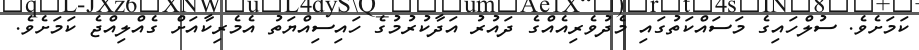
ކަމަށެވެ. ސުލްހައިގެ މަސައްކަތުގައި މެދުވެރިއެއްގެ ދައުރު އަދާކުރުމުގެ ހައިސިއްޔަތު އެމެރިކާއަށް ގެއްލިއްޖެ ކަމަށެވެ.